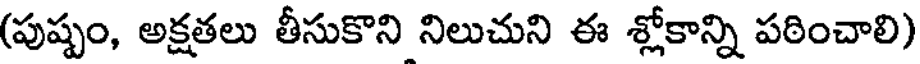
(పుష్పం, అక్షతలు తీసుకొని నిలుచుని ఈ శ్లోకాన్ని పఠించాలి)